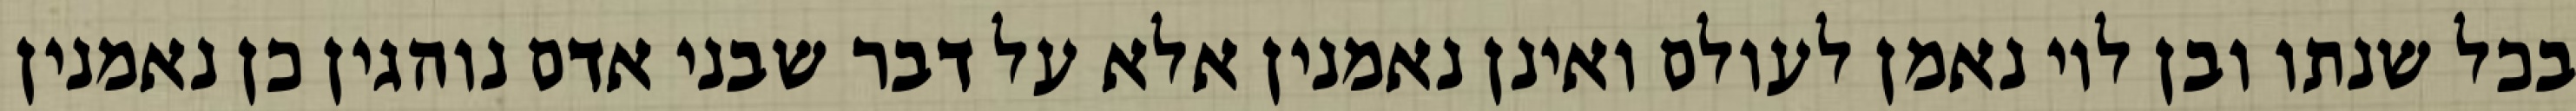
בכל שנתו ובן לוי נאמן לעולם ואינן נאמנין אלא על דבר שבני אדם נוהגין כן נאמנין